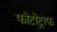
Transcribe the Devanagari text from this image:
फोटोट्राफ